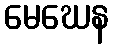
မေဃေန